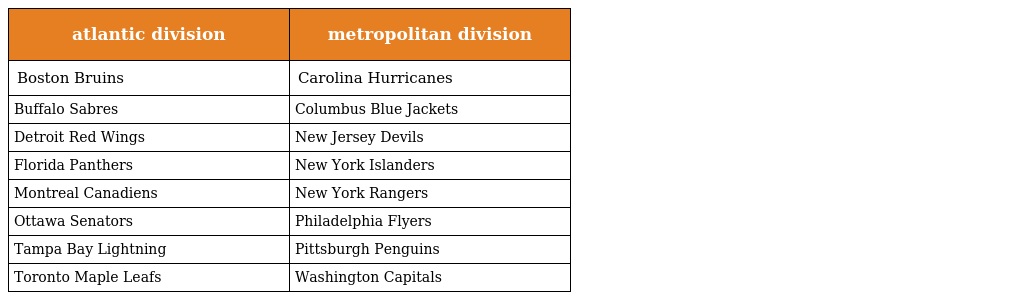
| atlantic division | metropolitan division |
 | --- | --- |
 | Boston Bruins | Carolina Hurricanes |
 | Buffalo Sabres | Columbus Blue Jackets |
 | Detroit Red Wings | New Jersey Devils |
 | Florida Panthers | New York Islanders |
 | Montreal Canadiens | New York Rangers |
 | Ottawa Senators | Philadelphia Flyers |
 | Tampa Bay Lightning | Pittsburgh Penguins |
 | Toronto Maple Leafs | Washington Capitals |